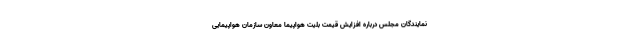
نمایندگان مجلس درباره افزایش قیمت بلیت هواپیما معاون سازمان هواپیمایی